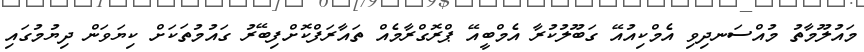
މައުލޫމާތު މުއްސަނދިވި އެމްކިއުއޭ ގަބޫލުކުރާ އެމްބީއޭ ޕްރޮގްރާމެއް ތައާރަފްކޮށްފިބޭރު ގައުމުތަކަށް ކިޔަވަން ދިޔުމުގައި